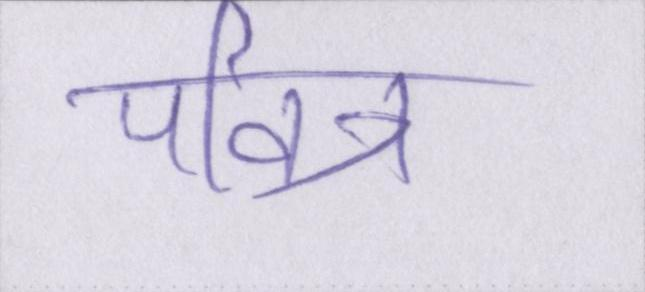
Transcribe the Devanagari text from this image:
पवित्र